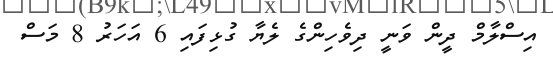
އިސްލާމް ދީން ވަނީ ދިވެހިންގެ ލެޔާ ގުޅިފައި 6 އަހަރު 8 މަސް